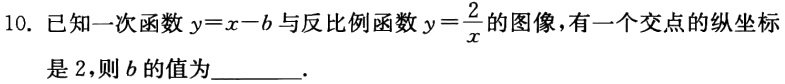
10. 已知一次函数$y = x - b$与反比例函数$y=\frac{2}{x}$的图像，有一个交点的纵坐标是 2，则$b$的值为________.